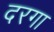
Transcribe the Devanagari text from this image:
दरगा